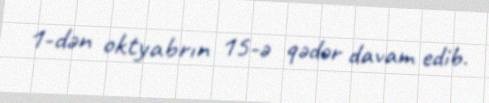
1-dən oktyabrın 15-ə qədər davam edib.